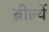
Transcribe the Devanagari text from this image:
ब्रीर्ल्ये